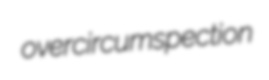
overcircumspection